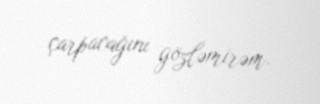
çarpacağını gözləmirəm.